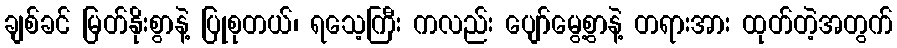
ချစ်ခင် မြတ်နိုးစွာနဲ့ ပြုစုတယ်၊ ရသေ့ကြီး ကလည်း ပျော်မွေ့စွာနဲ့ တရားအား ထုတ်တဲ့အတွက်